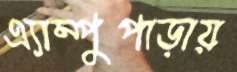
এ্যাম্পুপাড়ায়